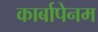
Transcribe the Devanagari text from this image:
कार्बापेनम